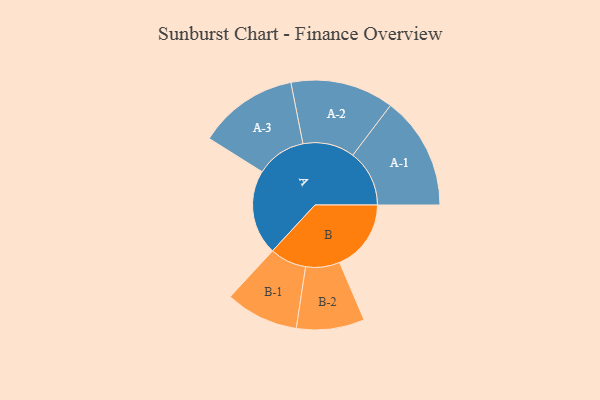
{"axis": {"x": "Segment", "y": "Value"}, "legend": ["", "A", "B"], "data": [{"x": "A", "y": 437, "type": ""}, {"x": "B", "y": 368, "type": ""}, {"x": "A-1", "y": 291, "type": "A"}, {"x": "A-2", "y": 266, "type": "A"}, {"x": "A-3", "y": 257, "type": "A"}, {"x": "B-1", "y": 188, "type": "B"}, {"x": "B-2", "y": 175, "type": "B"}]}